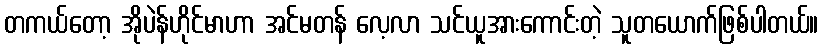
တကယ်တော့ အိုပဲန်ဟိုင်မာဟာ အင်မတန် လေ့လာ သင်ယူအားကောင်းတဲ့ သူတယောက်ဖြစ်ပါတယ်။